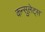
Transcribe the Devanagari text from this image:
कन्सुलेट्स